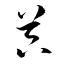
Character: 器